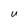
Character: U